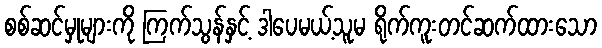
စစ်ဆင်မှုများကို ကြက်သွန်နှင့် ဒါပေမယ့်သူမ ရိုက်ကူးတင်ဆက်ထားသော